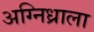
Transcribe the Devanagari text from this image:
अग्निध्राला